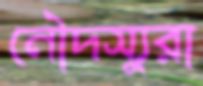
নৌদস্যুরা